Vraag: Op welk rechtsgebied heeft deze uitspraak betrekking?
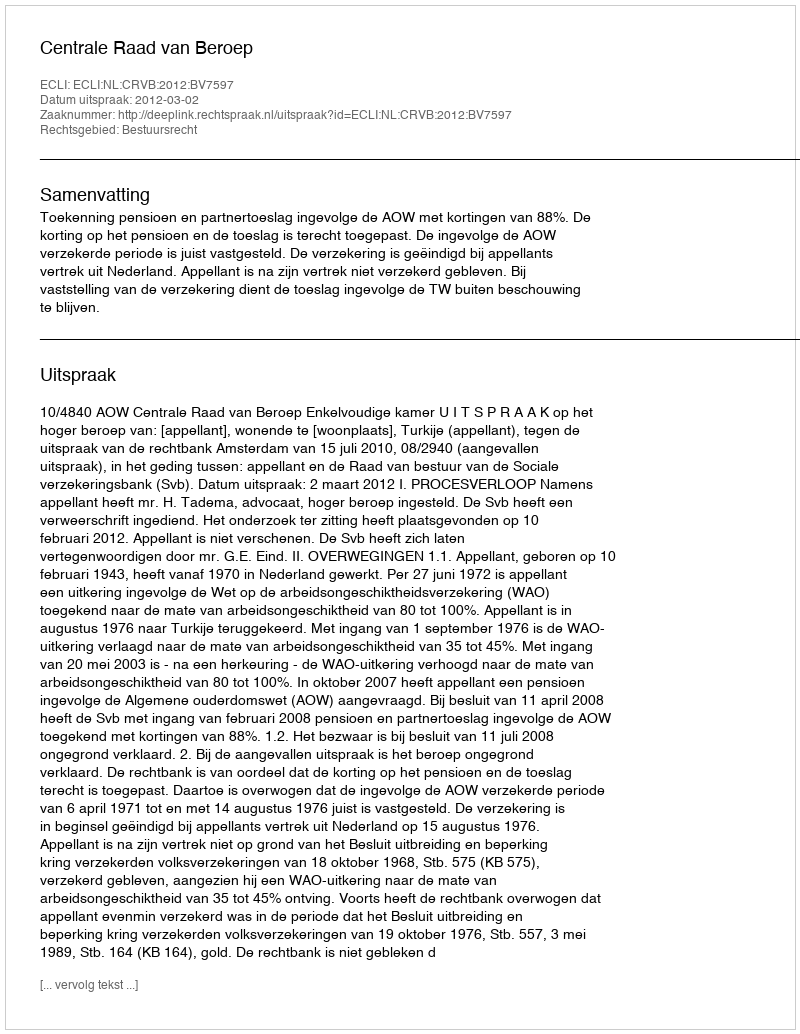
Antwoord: Bestuursrecht